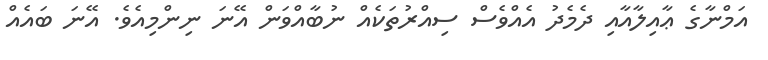
އަމްނާގެ ޢާއިލާއާއި ދެމެދު އެއްވެސް ސިއްރުތަކެއް ނުބާއްވަން އޭނަ ނިންމިއެވެ. އޭނަ ބައެއް